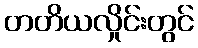
တတိယလှိုင်းတွင်